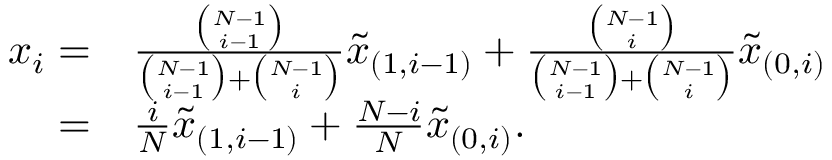
\begin{array} { r l } { x _ { i } = } & { \frac { \binom { N - 1 } { i - 1 } } { \binom { N - 1 } { i - 1 } + \binom { N - 1 } { i } } \tilde { x } _ { ( 1 , i - 1 ) } + \frac { \binom { N - 1 } { i } } { \binom { N - 1 } { i - 1 } + \binom { N - 1 } { i } } \tilde { x } _ { ( 0 , i ) } } \\ { = } & { \frac { i } { N } \tilde { x } _ { ( 1 , i - 1 ) } + \frac { N - i } { N } \tilde { x } _ { ( 0 , i ) } . } \end{array}